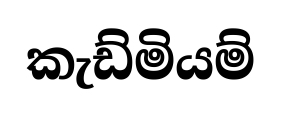
කැඩ්මියම්